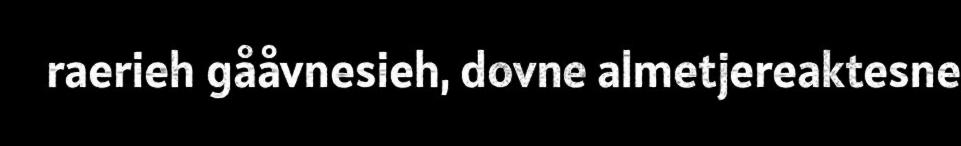
raerieh gååvnesieh, dovne almetjereaktesne